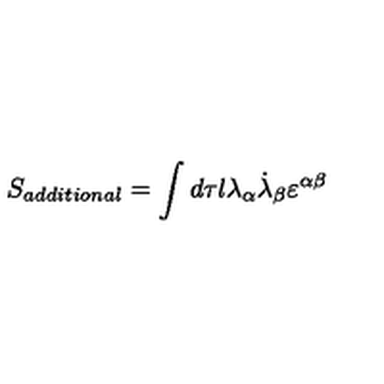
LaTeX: S _ { a d d i t i o n a l } = \int d \tau l \lambda _ { \alpha } \dot { \lambda } _ { \beta } \varepsilon ^ { \alpha \beta }